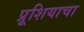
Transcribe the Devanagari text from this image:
प्रूशियाचा